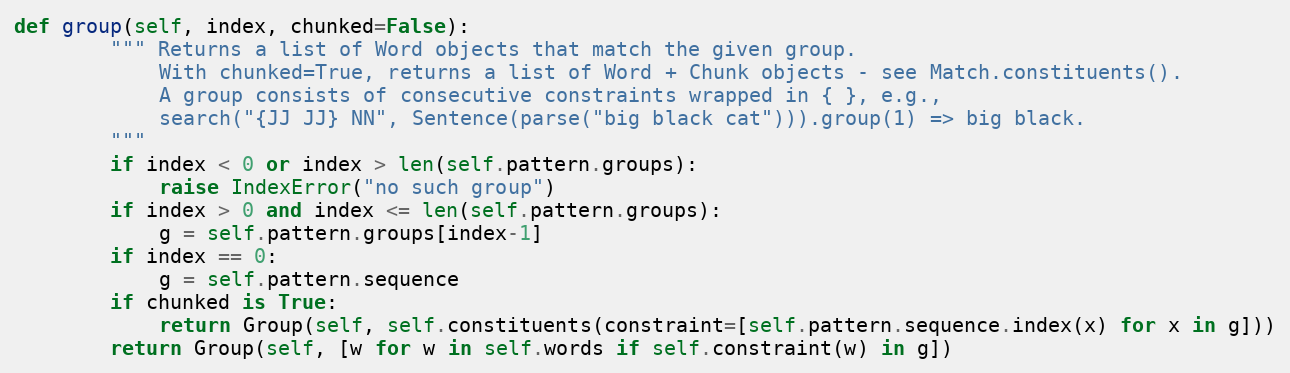
Language: Python
def group(self, index, chunked=False):
        """ Returns a list of Word objects that match the given group.
            With chunked=True, returns a list of Word + Chunk objects - see Match.constituents().
            A group consists of consecutive constraints wrapped in { }, e.g.,
            search("{JJ JJ} NN", Sentence(parse("big black cat"))).group(1) => big black.
        """
        if index < 0 or index > len(self.pattern.groups):
            raise IndexError("no such group")
        if index > 0 and index <= len(self.pattern.groups):
            g = self.pattern.groups[index-1]
        if index == 0:
            g = self.pattern.sequence
        if chunked is True:
            return Group(self, self.constituents(constraint=[self.pattern.sequence.index(x) for x in g]))
        return Group(self, [w for w in self.words if self.constraint(w) in g])